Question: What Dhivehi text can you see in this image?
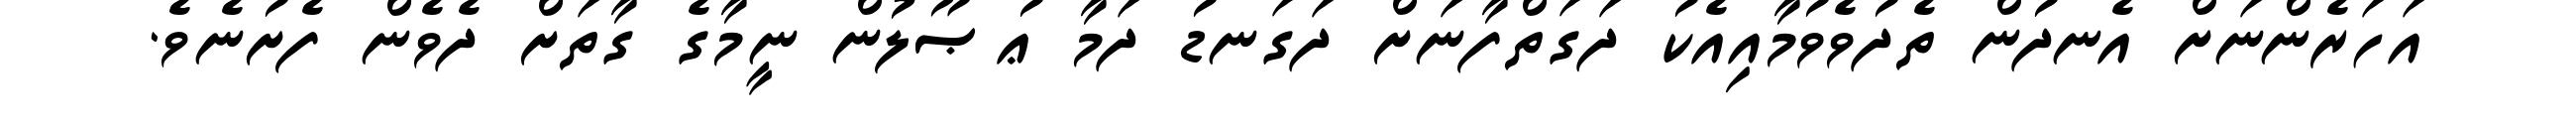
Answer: އަހަރެންނަށް އެނދުން ތެދުވެވުމާއިއެކު ދަގަތްފާނަށް ދަގަނޑު ދަމާ ޢުޞޫލުން ނީމާގެ ގާތަށް ދެވެން ފެށުނެވެ.